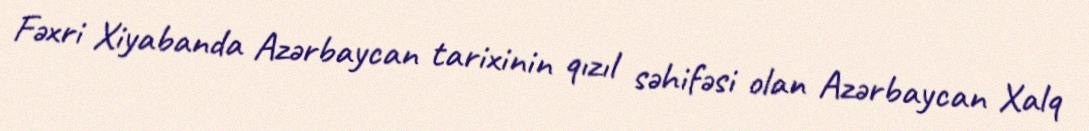
Fəxri Xiyabanda Azərbaycan tarixinin qızıl səhifəsi olan Azərbaycan Xalq